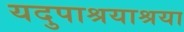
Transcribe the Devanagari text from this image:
यदुपाश्रयाश्रया